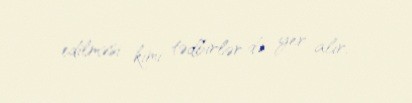
edilməsi kimi tədbirlər də yer alır.